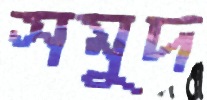
সমুদ